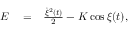
\begin{array} { r l r } { E } & { { } = } & { \frac { \dot { \xi } ^ { 2 } ( t ) } { 2 } - K \cos \xi ( t ) , } \end{array}